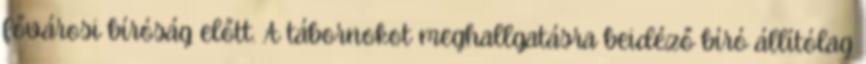
fővárosi bíróság előtt. A tábornokot meghallgatásra beidéző bíró állítólag